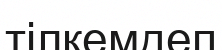
тілкемдеп